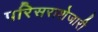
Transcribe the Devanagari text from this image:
परिसराशेजारी